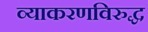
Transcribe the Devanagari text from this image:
व्याकरणविरुद्ध